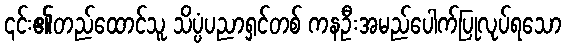
၎င်း၏တည်ထောင်သူ သိပ္ပံပညာရှင်တစ် ကနဦးအမည်ပေါက်ပြုလုပ်ရသော